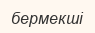
бермекші